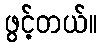
ဖွင့်တယ်။